Calcutta medical institutions reports 1879-81 [i.e.91]
Year: 1879
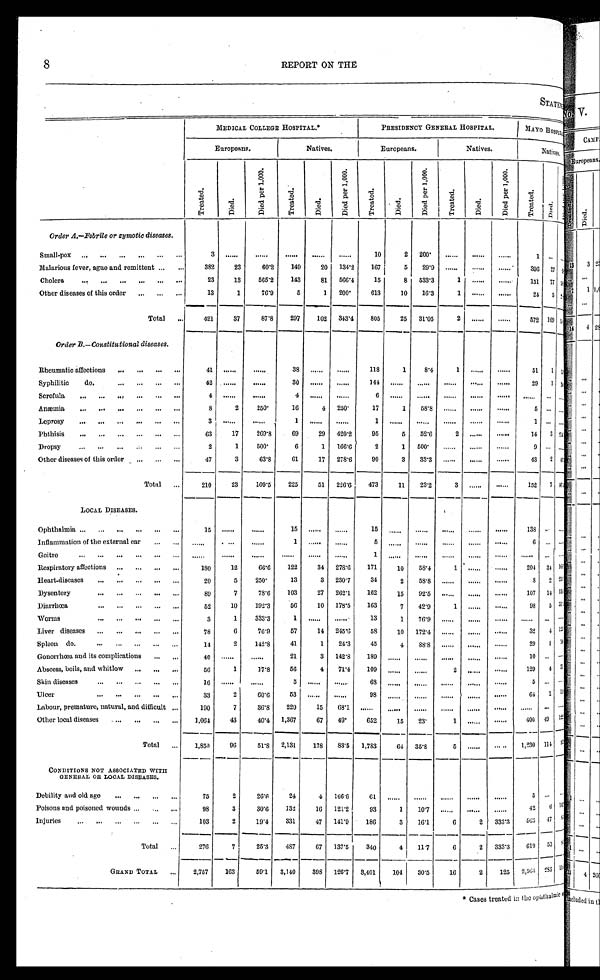
REPORT ON THE
STATEMENT
MEDICAL COLLEGE HOSPITAL.*
PRESIDENCY GENERAL HOSPITAL.
M A Y O H O S P I T A L .
E u r o p e a n s .
N a t i v e s .
E u r o p e a n s .
N a t i v e s .
N a t i v e s .
Tr e a t e d.
Died.
D i e d p e r 1 , 0 0 0 .
Tr eat ed,
Di e d.
D i e d p e r 1 , 0 0 0 .
Tr e a t e d.
Died.
D i e d p e r 1 , 0 0 0 .
Tr eat ed.
Died.
D i e d p e r 1 , 0 0 0 .
Tr e a t e d .
Di ed.
D i e d p e r 1 , 0 0 0 .
Order A.—Febrile or zymotic diseases.
Small-pox
3
. . .
. . .
. . .
. . .
. . .
1 0
2
2 0 0
. . .
. . .
. . .
1 . . .
. . .
Malarious fever, ague and remittent
3 8 2
2 3
6 0 . 2
1 4 9
2 0
1 3 4 . 2
1 6 7
5
2 9 . 9
. . .
. . .
. . .
3 9 6 2 7
Cholera
2 3
1 3
5 6 5 . 2
1 4 3
8 1
5 6 6 . 4
1 5
8
5 3 3 . 3
1
. . .
. . .
1 5 1 7 7
Other diseases of this order
1 3
1
7 6 . 9
5
1
2 0 0
6 1 3
1 0
1 6 . 3
1
. . .
. . .
2 4 5
Total
4 2 1
3 7
8 7 . 8
2 9 7
1 0 2
3 4 3 . 4
8 0 5
2 5
3 1 . 0 5
2
. . .
. . .
5 7 2 1 0 9
Order B.—Constitutional diseases.
Rheumatic affections
4 1
. . .
. . .
3 8
. . .
. . .
1 1 8
1
8 . 4
1
. . .
. . .
5 1 1
Syphilitic
do.
4 2
. . .
. . .
3 0
. . .
. . .
1 4 4
. . .
. . .
. . . . . .
. . .
2 9 1
Scrofula
4
. . .
. . .
4
. . .
. . .
6
. . .
. . .
. . .
. . .
. . .
. . .
. . . . . .
Anæmia
8
2
2 5 0
1 6
4
2 5 0
1 7
1
5 8 . 8
. . .
. . .
. . .
5 . . . . . .
Leprosy
3
. . .
. . .
1
. . .
. . .
1
. . .
. . .
. . .
. . .
. . .
1 . . . . . .
Phthisis
6 3
1 7
2 6 9 . 8
6 9
2 9
4 2 0 . 2
9 5
5
5 2 . 6
2
. . .
. . .
1 4 3
Dropsy
2
1
5 0 0
6
1
1 6 6 . 6
2
1
5 0 0
. . .
. . .
. . .
9 . . . . . .
Other diseases of this order
4 7
3
6 3 . 8
6 1
1 7
2 7 8 . 6
9 0
3
3 3 . 3
. . .
. . .
. . .
4 3 2
Total
2 1 0
2 3
1 0 9 . 5
2 2 5
5 1
2 2 6 . 6
4 7 3
1 1
2 3 . 2
3
. . .
. . .
1 5 2 7
LOCAL DISEASES.
Ophthalmia
1 5
. . .
. . .
1 5
. . .
. . .
1 5
. . .
. . .
. . .
. . .
. . .
1 3 8 . . . . . .
Inflammation of the external ear
. . .
. . .
. . .
1
. . .
. . .
5
. . .
. . . . . .
. . . . . .
6 . . . . . .
Goitre
. . .
. . .
. . .
. . .
. . .
. . .
1
. . .
. . . . . .
. . .
. . .
. . . . . . . . .
Respiratory affections
1 8 0
1 2
6 6 . 6
1 2 2
3 4
2 7 8 . 6
1 7 1
1 0
5 8 . 4
1 . . .
. . .
2 0 4 3 4
Heart-diseases
2 0
5
2 5 0
1 3
3
2 3 0 . 7
3 4
2
5 8 . 8
. . .
. . .
. . .
8
2
Dysentery
8 9
7
7 8 . 6
1 0 3
2 7
2 6 2 . 1
1 6 2
1 5
9 2 . 5
. . .
. . . . . .
1 0 7 1 4
Diarrhœa
5 2
1 0
1 9 2 . 3
5 6
1 0
1 7 8 . 5
1 6 3
7
4 2 . 9
1
. . . . . .
9 8 5
Worms
3
1
3 3 3 . 3
1
. . .
. . .
1 3
1
7 6 . 9
. . .
. . .
. . .
. . . . . . . . .
Liver diseases
7 8
6
7 6 . 9
5 7
1 4
2 4 5 . 6
5 8
1 0
1 7 2 . 4
. . .
. . .
. . .
3 2 4
Spleen do
1 4
2
1 4 2 . 8
4 1
1
2 4 . 3
4 5
4
8 8 . 8
. . .
. . .
. . .
2 9 1
Gonorrhœa and its complications
4 0
. . .
. . .
2 1
3
1 4 2 . 8
1 8 9
. . .
. . .
. . .
. . .
. . .
1 0 . . . . . .
Abscess, boils, and whitlow
5 6
1
1 7 . 8
5 6
4
7 1 . 4
1 0 9
. . .
. . .
2
. . .
. . .
1 2 9 4
Skin diseases
1 6
. . .
. . .
5
. . .
. . .
6 8
. . .
. . .
. . .
. . .
. . .
5 . . .
. . .
Ulcer
3 3
2
6 0 . 6
5 3
. . .
. . .
9 8
. . .
. . .
. . .
. . . . . .
6 4 1
Labour, premature, natural, and difficult
1 9 0
7
3 6 . 8
2 2 0
1 5
6 8 . 1
. . .
. . .
. . .
. . .
. . .
. . .
. . . . . .
. . .
Other local diseases
1 , 0 6 4
4 3
4 0 . 4 1 , 3 6 7
6 7
4 9
6 5 2
1 5
2 3
1
. . .
. . .
4 0 0 4 9
Total
1 , 8 5 0
9 6
5 1 . 8 2 , 1 3 1
1 7 8
8 3 . 5
1 , 7 8 3
6 4
3 5 . 8
5
. . .
. . .
1 , 2 3 0 1 1 4
CONDITIONS NOT ASSOCIATED WITH
GENERAL OR LOCAL DISEASES.
Debility and old age
7 5
2
2 6 . 6
2 4
4
1 6 6 . 6
6 1
. . .
. . .
. . .
. . .
. . .
5 . . . . . .
Poisons and poisoned wounds
9 8
3
3 0 . 6 1 3 2
1 6
1 2 1 . 2
9 3
1
1 0 . 7
. . .
. . .
. . .
4 2 6
Injuries
1 0 3
2
1 9 . 4 3 3 1
4 7
1 4 1 . 9
1 8 6
3
1 6 . 1
6
2
3 3 3 . 3
5 6 3 4 7
Total
2 7 6
7
2 5 . 3 4 8 7
6 7
1 3 7 . 5
3 4 0
4
1 1 . 7
6
2
3 3 3 . 3
6 1 9 5 3
GRAND TOTAL
2 , 7 5 7
1 6 3
5 9 . 1 3 , 1 4 0
3 9 8
1 2 6 . 7
3 , 4 0 1
1 0 4
3 0 . 5
1 6
2
1 2 5
2 , 5 6 4
2 8 3